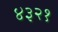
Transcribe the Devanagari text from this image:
४३२१